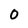
Character: 0